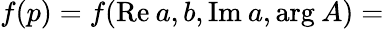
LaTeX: f(p)=f(\mathrm{Re}\: a,b,\mathrm{Im}\: a,\mathrm{arg}\: A)=